Vaccination in Bombay 1863-1868 - 1863-1868
Year: 1863
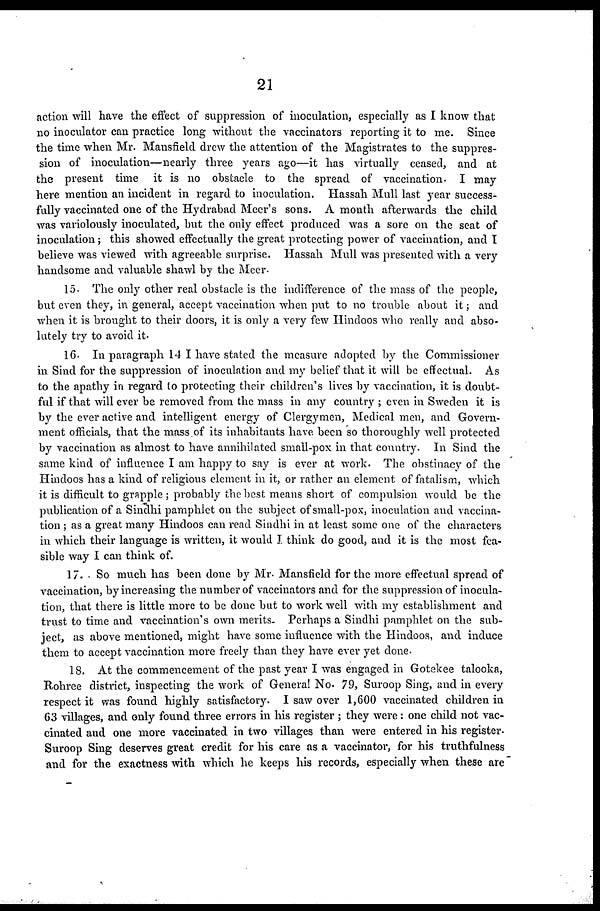
21
action will have the effect of suppression of inoculation, especially as I know that
no inoculator can practice long without the vaccinators reporting it to me. Since
the time when Mr. Mansfield drew the attention of the Magistrates to the suppres-
sion of inoculation—nearly three years ago—it has virtually ceased, and at
the present time it is no obstacle to the spread of vaccination. I may
here mention an incident in regard to inoculation. Hassah Mull last year success-
fully vaccinated one of the Hydrabad Mecr's sons. A month afterwards the child
was variolously inoculated, but the only effect produced was a sore on the seat of
inoculation; this showed effectually the great protecting power of vaccination, and I
believe was viewed with agreeable surprise. Hassah Mull was presented with a very
handsome and valuable shawl by the Meer.
15. The only other real obstacle is the indifference of the mass of the people,
but even they, in general, accept vaccination when put to no trouble about it; and
when it is brought to their doors, it is only a very few Hindoos who really and abso-
lutely try to avoid it.
16. In paragraph 14 I have stated the measure adopted by the Commissioner
in Sind for the suppression of inoculation and my belief that it will be effectual. As
to the apathy in regard to protecting their children's lives by vaccination, it is doubt-
ful if that will ever be removed from the mass in any country ; even in Sweden it is
by the ever active and intelligent energy of Clergymen, Medical men, and Govern-
ment officials, that the mass of its inhabitants have been so thoroughly well protected
by vaccination as almost to have annihilated small-pox in that country. In Sind the
same kind of influence I am happy to say is ever at work. The obstinacy of the
Hindoos has a kind of religious element in it, or rather an element of fatalism, which
it is difficult to grapple; probably the best means short of compulsion would be the
publication of a Sindhi pamphlet on the subject of small-pox, inoculation and vaccina-
tion ; as a great many Hindoos can read Sindhi in at least some one of the characters
in which their language is written, it would I think do good, and it is the most fea-
sible way I can think of.
17. So much has been done by Mr. Mansfield for the more effectual spread of
vaccination, by increasing the number of vaccinators and for the suppression of inocula-
tion, that there is little more to be done but to work well with my establishment and
trust to time and vaccination's own merits. Perhaps a Sindhi pamphlet on the sub-
ject, as above mentioned, might have some influence with the Hindoos, and induce
them to accept vaccination more freely than they have ever yet done.
18. At the commencement of the past year I was engaged in Gotekee talooka,
Rohree district, inspecting the work of Genera! No. 79, Suroop Sing, and in every
respect it was found highly satisfactory. I saw over 1,600 vaccinated children in
63 villages, and only found three errors in his register ; they were: one child not vac-
cinated and one more vaccinated in two villages than were entered in his register¬
Suroop Sing deserves great credit for his care as a vaccinator, for his truthfulness
and for the exactness with which he keeps his records, especially when these are